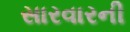
સારવારની